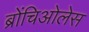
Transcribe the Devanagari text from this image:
ब्रोंचिओलेस